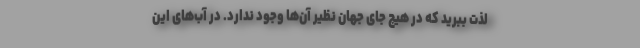
لذت ببرید که در هیچ جای جهان نظیر آن‌ها وجود ندارد. در آب‌های این